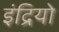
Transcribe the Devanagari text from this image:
इंद्रियो